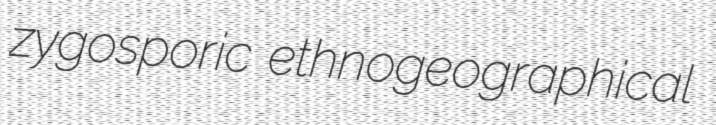
zygosporic ethnogeographical